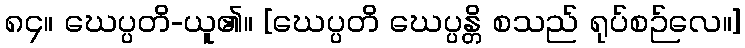
၈၄။ ဃေပ္ပတိ-ယူ၏။ [ဃေပ္ပတိ ဃေပ္ပန္တိ စသည် ရုပ်စဉ်လေ။]